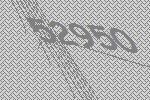
52950